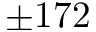
\pm 1 7 2